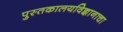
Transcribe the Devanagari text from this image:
पुस्तकालयविज्ञानाचा